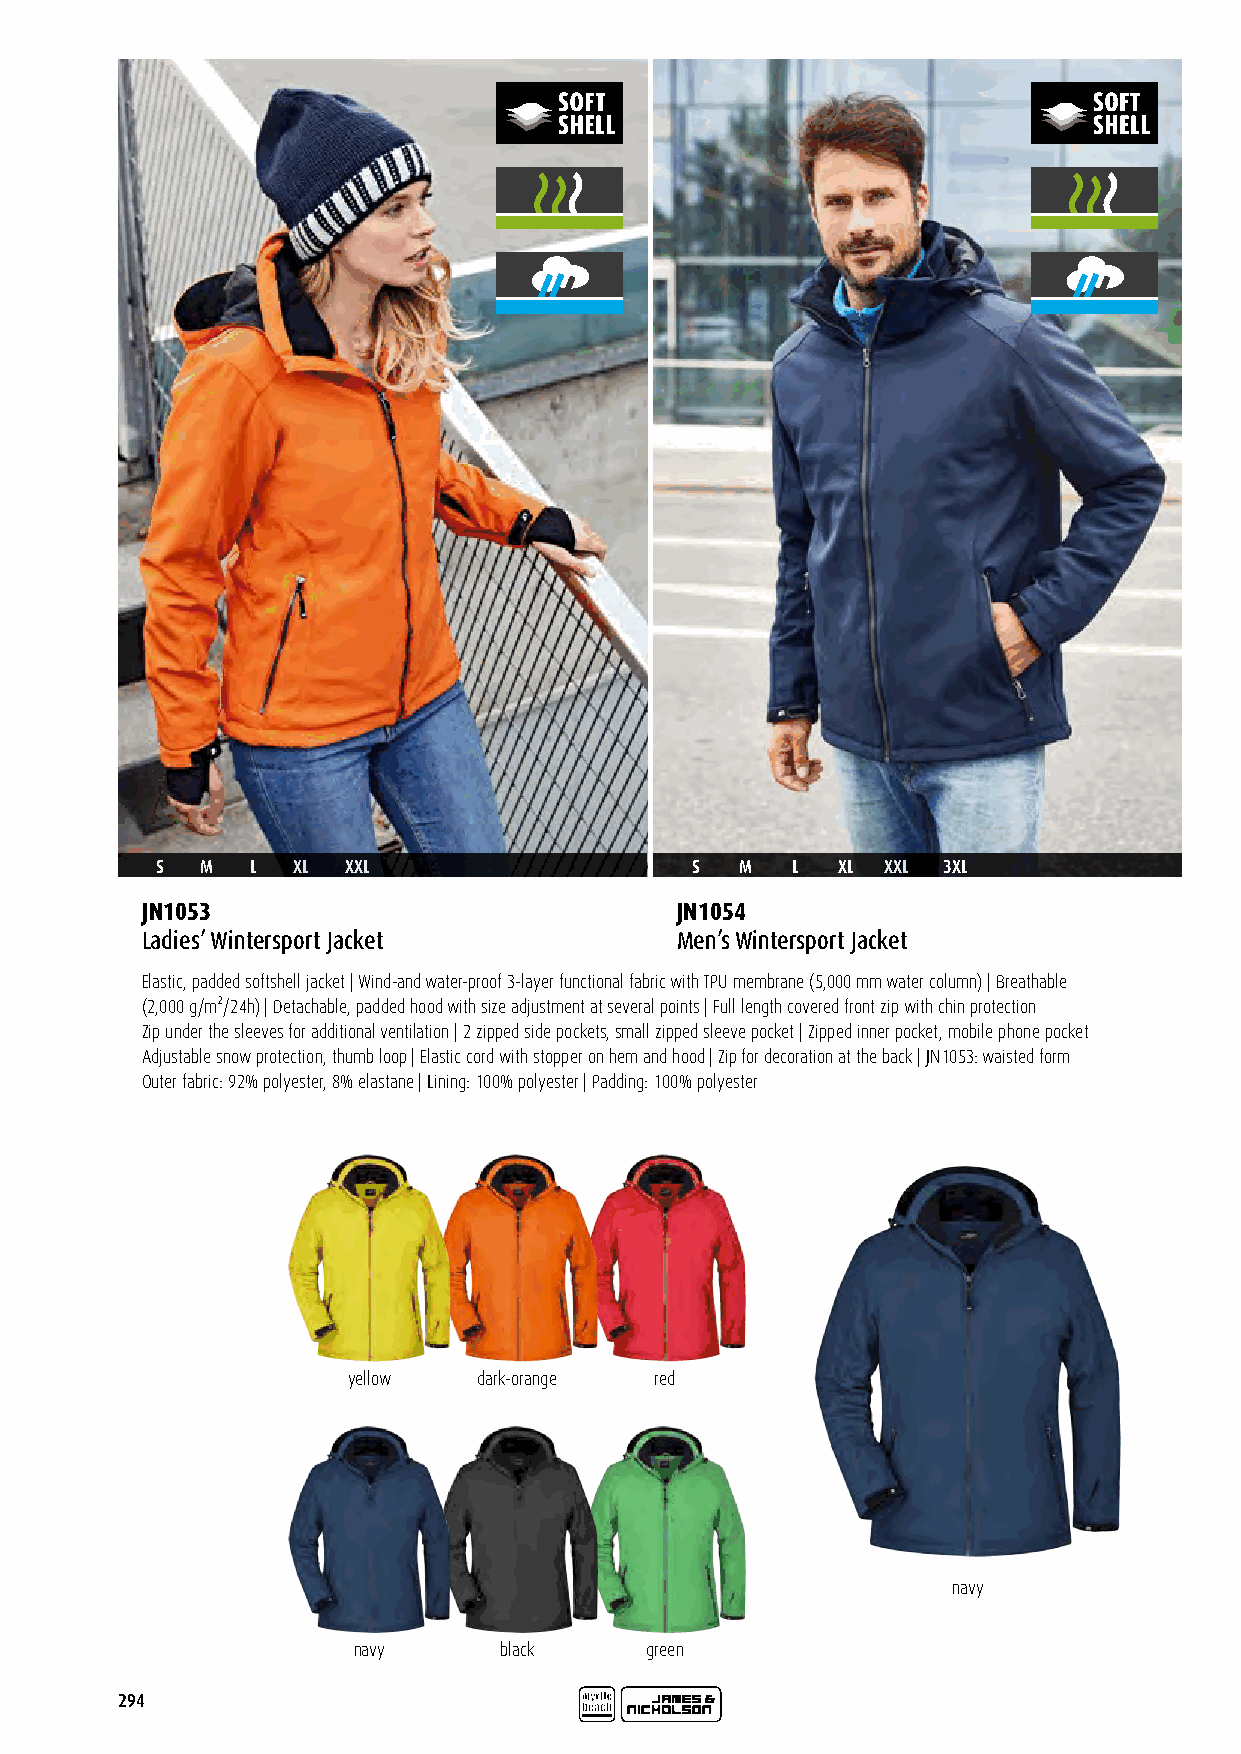
S  M   L XL  XXL                    S  M  L  XL  XXL 3XL
 JN1053                              JN1054
 Ladies’ Wintersport Jacket          Men’s Wintersport Jacket
 Elastic, padded softshell jacket | Wind-and water-proof 3-layer functional fabric with TPU membrane (5,000 mm water column) | Breathable
 (2,000 g/m²/24h) | Detachable, padded hood with size adjustment at several points | Full length covered front zip with chin protection
 Zip under the sleeves for additional ventilation | 2 zipped side pockets, small zipped sleeve pocket | Zipped inner pocket, mobile phone pocket
 Adjustable snow protection, thumb loop | Elastic cord with stopper on hem and hood | Zip for decoration at the back | JN1053: waisted form
 Outer fabric: 92% polyester, 8% elastane | Lining: 100% polyester | Padding: 100% polyester
 yellow   dark-orange red
 navy
 navy      black     green
 294